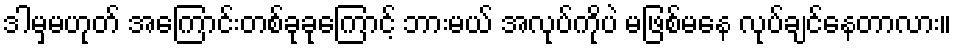
ဒါမှမဟုတ် အကြောင်းတစ်ခုခုကြောင့် ဘားမယ် အလုပ်ကိုပဲ မဖြစ်မနေ လုပ်ချင်နေတာလား။